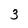
Character: 3